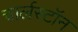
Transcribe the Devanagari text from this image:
चार्लस्टॉन